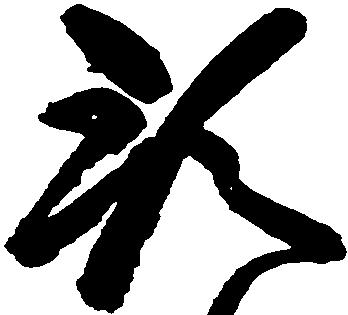
預